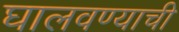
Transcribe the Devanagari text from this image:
घालवण्याची